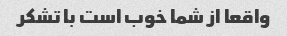
واقعا از شما خوب است با تشکر